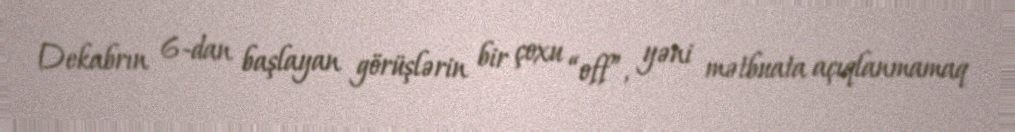
Dekabrın 6-dan başlayan görüşlərin bir çoxu “off”, yəni mətbuata açıqlanmamaq